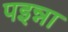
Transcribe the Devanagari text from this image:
पइन्ना